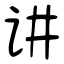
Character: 讲